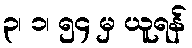
၃၊ ၁၊ ၅၄ မှ ယူရန်